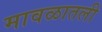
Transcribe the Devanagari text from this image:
मावळातली